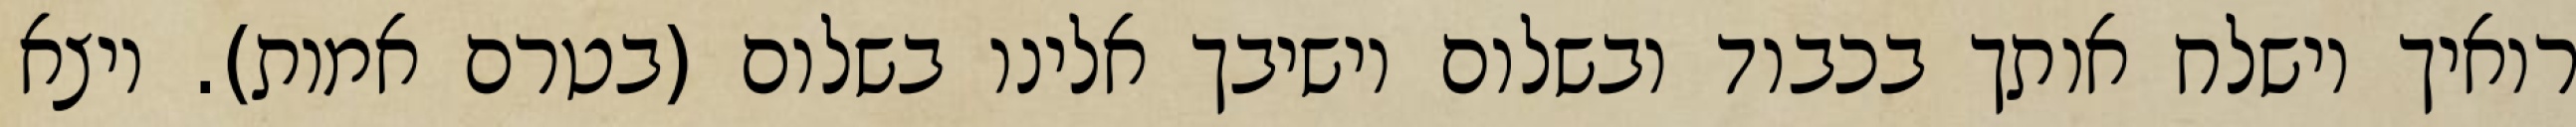
רואיך וישלח אותך בכבוד ובשלום וישיבך אלינו בשלום (בטרם אמות). ויצא